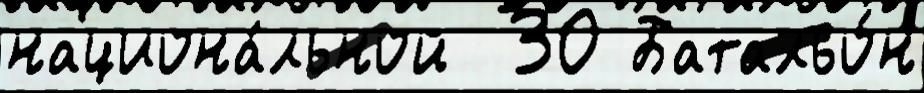
национа́льной  30 Батальо́н